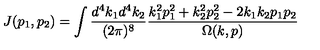
J ( p _ { 1 } , p _ { 2 } ) = \int \frac { d ^ { 4 } k _ { 1 } d ^ { 4 } k _ { 2 } } { ( 2 \pi ) ^ { 8 } } \frac { k _ { 1 } ^ { 2 } p _ { 1 } ^ { 2 } + k _ { 2 } ^ { 2 } p _ { 2 } ^ { 2 } - 2 k _ { 1 } k _ { 2 } p _ { 1 } p _ { 2 } } { \Omega ( k , p ) }